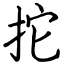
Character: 拕